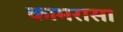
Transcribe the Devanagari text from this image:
कामरासा